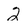
Character: 2